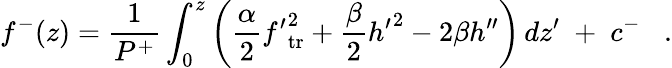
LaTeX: f^{-}(z)={\frac{1}{P^{+}}}\int_{0}^{z}\left({\frac{\alpha}{2}}{f^{\prime}}_{\mathrm{tr}}^{2}+{\frac{\beta}{2}}{h^{\prime}}^{2}-2\beta h^{\prime\prime}\right)\, dz^{\prime}\; +\; c^{-}\; \; \; .